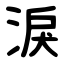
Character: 淚